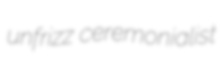
unfrizz ceremonialist